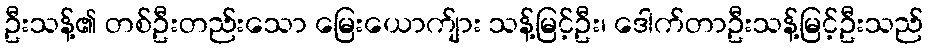
ဦးသန့်၏ တစ်ဦးတည်းသော မြေးယောက်ျား သန့်မြင့်ဦး၊ ဒေါက်တာဦးသန့်မြင့်ဦးသည်